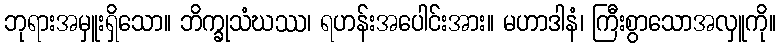
ဘုရားအမှူးရှိသော။ ဘိက္ခုသံဃဿ၊ ရဟန်းအပေါင်းအား။ မဟာဒါနံ၊ ကြီးစွာသောအလှူကို။